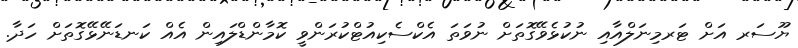
ޔޫސަރ އަށް ޓަރމިނަލްއާއި ނުކުޅެވޭގޮތަށް ނުވަތަ އެކްސެކިއުޓްކުރަންވީ ކޮމާންޑްލައިން އެއް ކަނޑަނޭޅޭގޮތަށް ހަދާ.